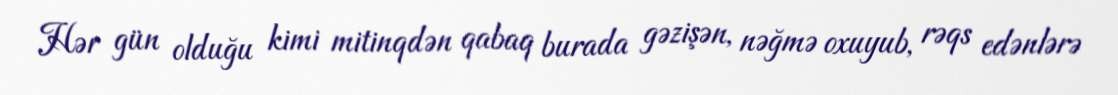
Hər gün olduğu kimi mitinqdən qabaq burada gəzişən, nəğmə oxuyub, rəqs edənlərə